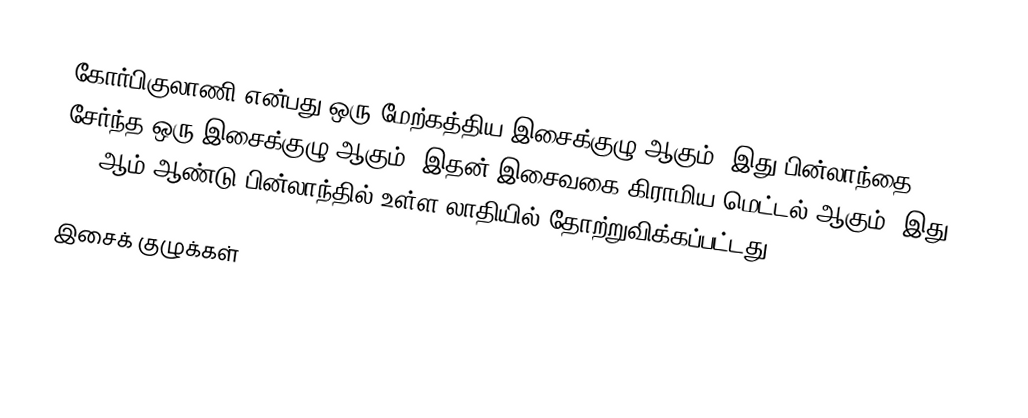
கோர்பிகுலாணி என்பது ஒரு மேற்கத்திய இசைக்குழு ஆகும். இது பின்லாந்தை சேர்ந்த ஒரு இசைக்குழு ஆகும். இதன் இசைவகை கிராமிய மெட்டல் ஆகும். இது 2003ஆம் ஆண்டு பின்லாந்தில் உள்ள லாதியில் தோற்றுவிக்கப்பட்டது.

இசைக் குழுக்கள்